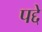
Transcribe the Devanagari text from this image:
पद्दे